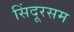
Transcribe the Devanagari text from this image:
सिंदूरसम